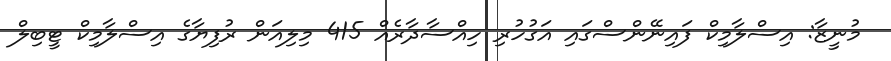
މުނީޒާ: އިސްލާމިކް ފައިނޭންސްގައި އަގުހުރި ހިއްސާދާރެއް 415 މިލިއަން ރުފިޔާގެ އިސްލާމިކް ޓީބިލް